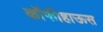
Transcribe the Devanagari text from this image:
कॉफीहाऊस